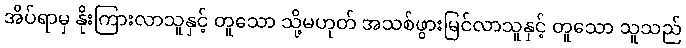
အိပ်ရာမှ နိုးကြားလာသူနှင့် တူသော သို့မဟုတ် အသစ်ဖွားမြင်လာသူနှင့် တူသော သူသည်